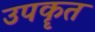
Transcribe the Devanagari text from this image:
उपकॄत